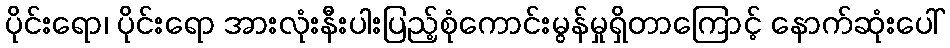
ပိုင်းရော၊ ပိုင်းရော အားလုံးနီးပါးပြည့်စုံကောင်းမွန်မှုရှိတာကြောင့် နောက်ဆုံးပေါ်